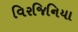
વિરજિનિયા